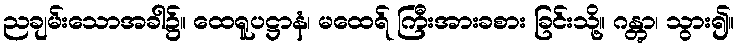
ညချမ်းသောအခါ၌။ ထေရူပဋ္ဌာနံ၊ မထေရ် ကြီးအားခစား ခြင်းသို့။ ဂန္တွာ၊ သွား၍။